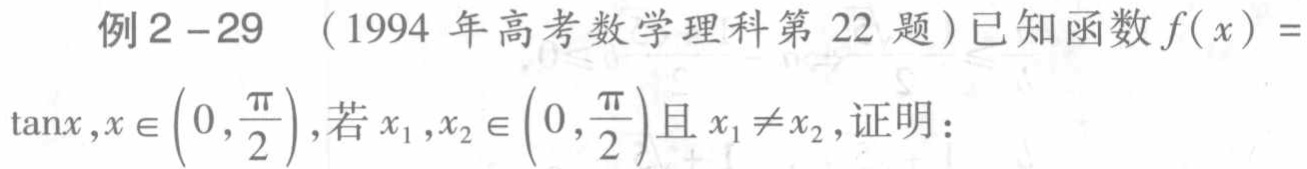
例2 - 29 （1994年高考数学理科第22题）已知函数\(f(x) =\tan x,x\in\left(0,\frac{\pi}{2}\right)\)，若\(x_1,x_2\in\left(0,\frac{\pi}{2}\right)\)且\(x_1\neq x_2\)，证明：